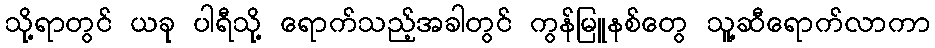
သို့ရာတွင် ယခု ပါရီသို့ ရောက်သည့်အခါတွင် ကွန်မြူနစ်တွေ သူ့ဆီရောက်လာကာ